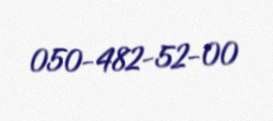
050-482-52-00